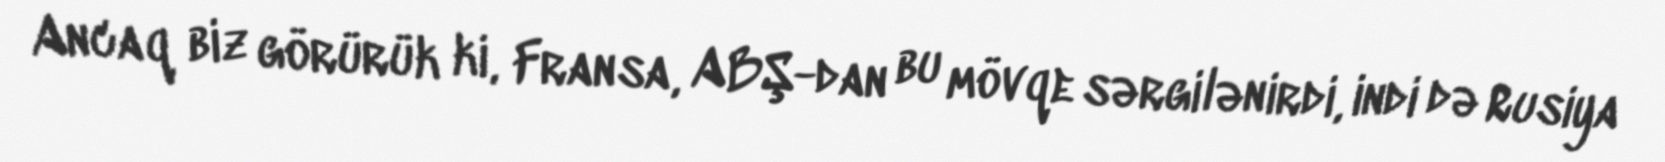
Ancaq biz görürük ki, Fransa, ABŞ-dan bu mövqe sərgilənirdi, indi də Rusiya